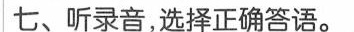
七、听录音,选择正确答语.